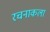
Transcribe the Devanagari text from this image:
रचनाकला